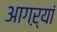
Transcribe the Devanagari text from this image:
आगऱ्यां